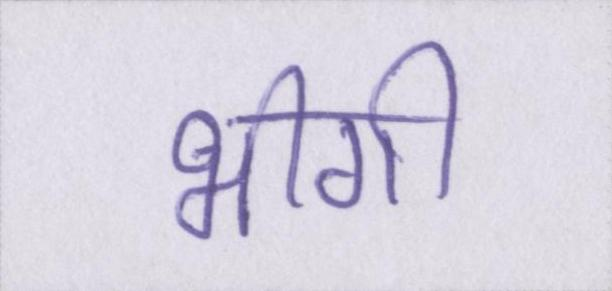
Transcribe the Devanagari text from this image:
भीगी